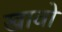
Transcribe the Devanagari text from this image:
खावो